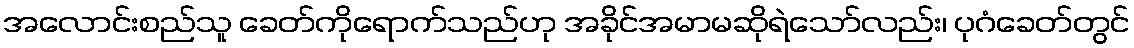
အလောင်းစည်သူ ခေတ်ကိုရောက်သည်ဟု အခိုင်အမာမဆိုရဲသော်လည်း၊ ပုဂံခေတ်တွင်